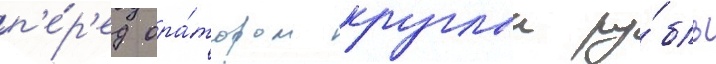
п'е́р'ед ора́тором круглыи ру́бль